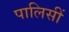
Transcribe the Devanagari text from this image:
पालिसीं